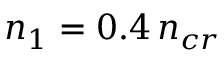
n _ { 1 } = 0 . 4 \, n _ { c r }